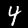
Label: 4